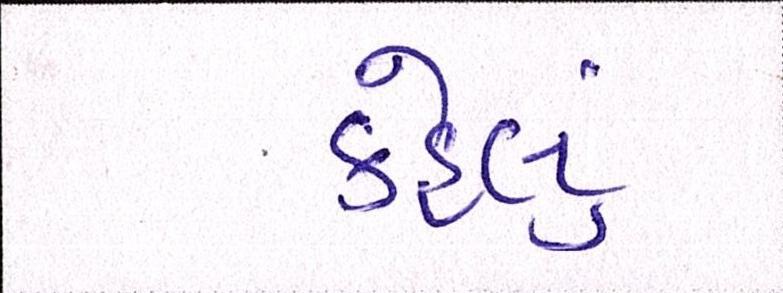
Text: કહેલું